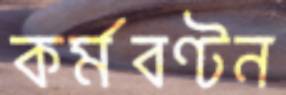
কর্মবণ্টন